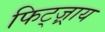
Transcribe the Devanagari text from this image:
फिट्ज़्राय